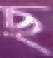
ছ